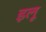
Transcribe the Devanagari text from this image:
इलू